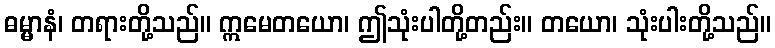
ဓမ္မာနံ၊ တရားတို့သည်။ ဣမေတယော၊ ဤသုံးပါတို့တည်း။ တယော၊ သုံးပါးတို့သည်။